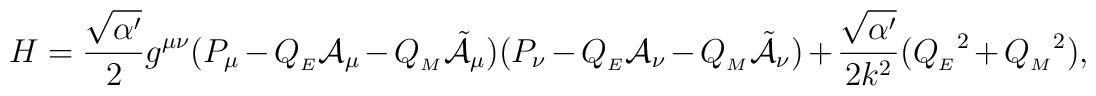
H = \frac{\sqrt{\alpha^\prime}}{2}g^{\mu \nu}(P_\mu - Q_{_{E}}{\cal A}_\mu - Q_{_{M}}{\tilde{\cal A}}_\mu)(P_\nu - Q_{_{E}}{\cal A}_\nu - Q_{_{M}}{\tilde{\cal A}}_\nu) + \frac{\sqrt{\alpha^\prime}}{2k^2}({Q_{_{E}}}^2 + {Q_{_{M}}}^2) ,